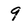
Character: 9